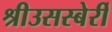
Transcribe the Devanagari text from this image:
श्रीउसस्बेर्री